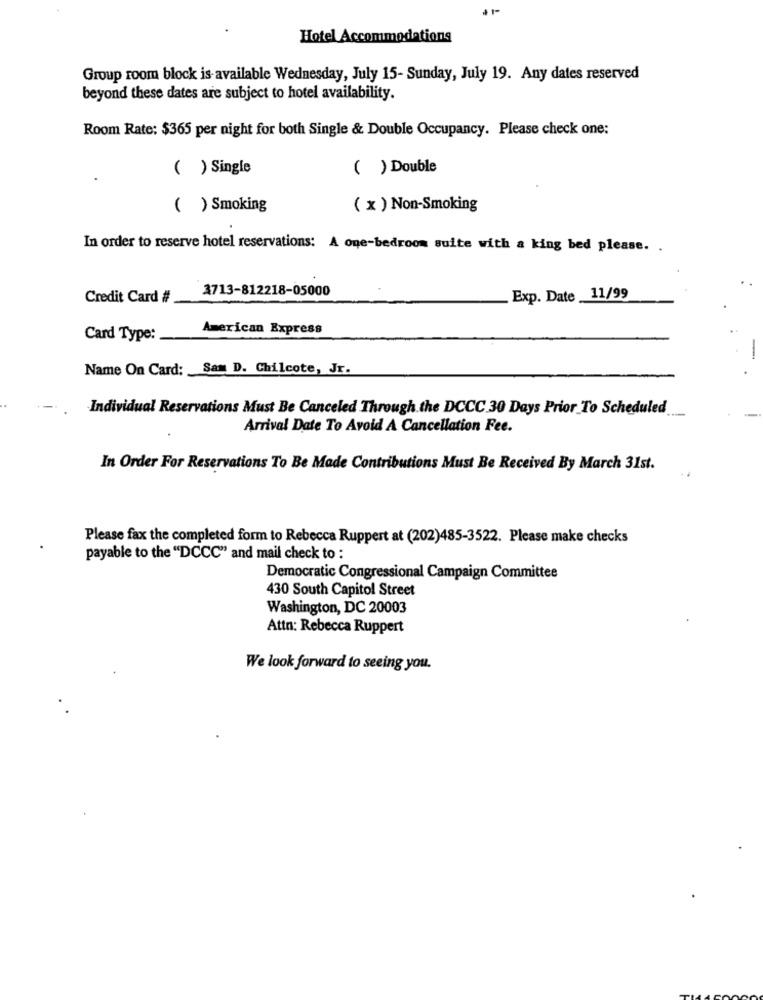
41-
Hotel Accommodations
Group room block is available Wednesday, July 15- Sunday, July 19. Any dates reserved
beyond these dates are subject to hotel availability.
Room Rate: $365 per night for both Single & Double Occupancy. Please check one:
( ) Single
( ) Double
( ) Smoking
( x ) Non-Smoking
In order to reserve hotel reservations: A one-bedroom suite with a king bed please. .
3713-812218-05000
Credit Card #
Exp. Date _11/99
American Express
Card Type:
-
Name On Card: Sam D. Chilcote, Jr.
Individual Reservations Must Be Canceled Through the DCCC.30 Days Prior To Scheduled
Arrival Date To Avoid A Cancellation Fee.
In Order For Reservations To Be Made Contributions Must Be Received By March 31st.
Please fax the completed form to Rebecca Ruppert at (202)485-3522. Please make checks
payable to the "DCCC" and mail check to :
Democratic Congressional Campaign Committee
430 South Capitol Street
Washington, DC 20003
Attn: Rebecca Ruppert
We look forward to seeing you.